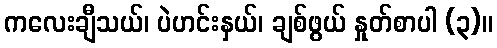
ကလေးချီသယ်၊ ပဲဟင်းနှယ်၊ ချစ်ဖွယ် နှုတ်စာပါ (၃)။